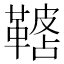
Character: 𩌓